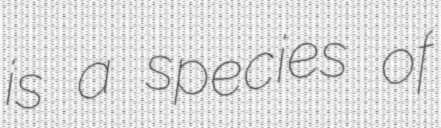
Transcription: is a species of